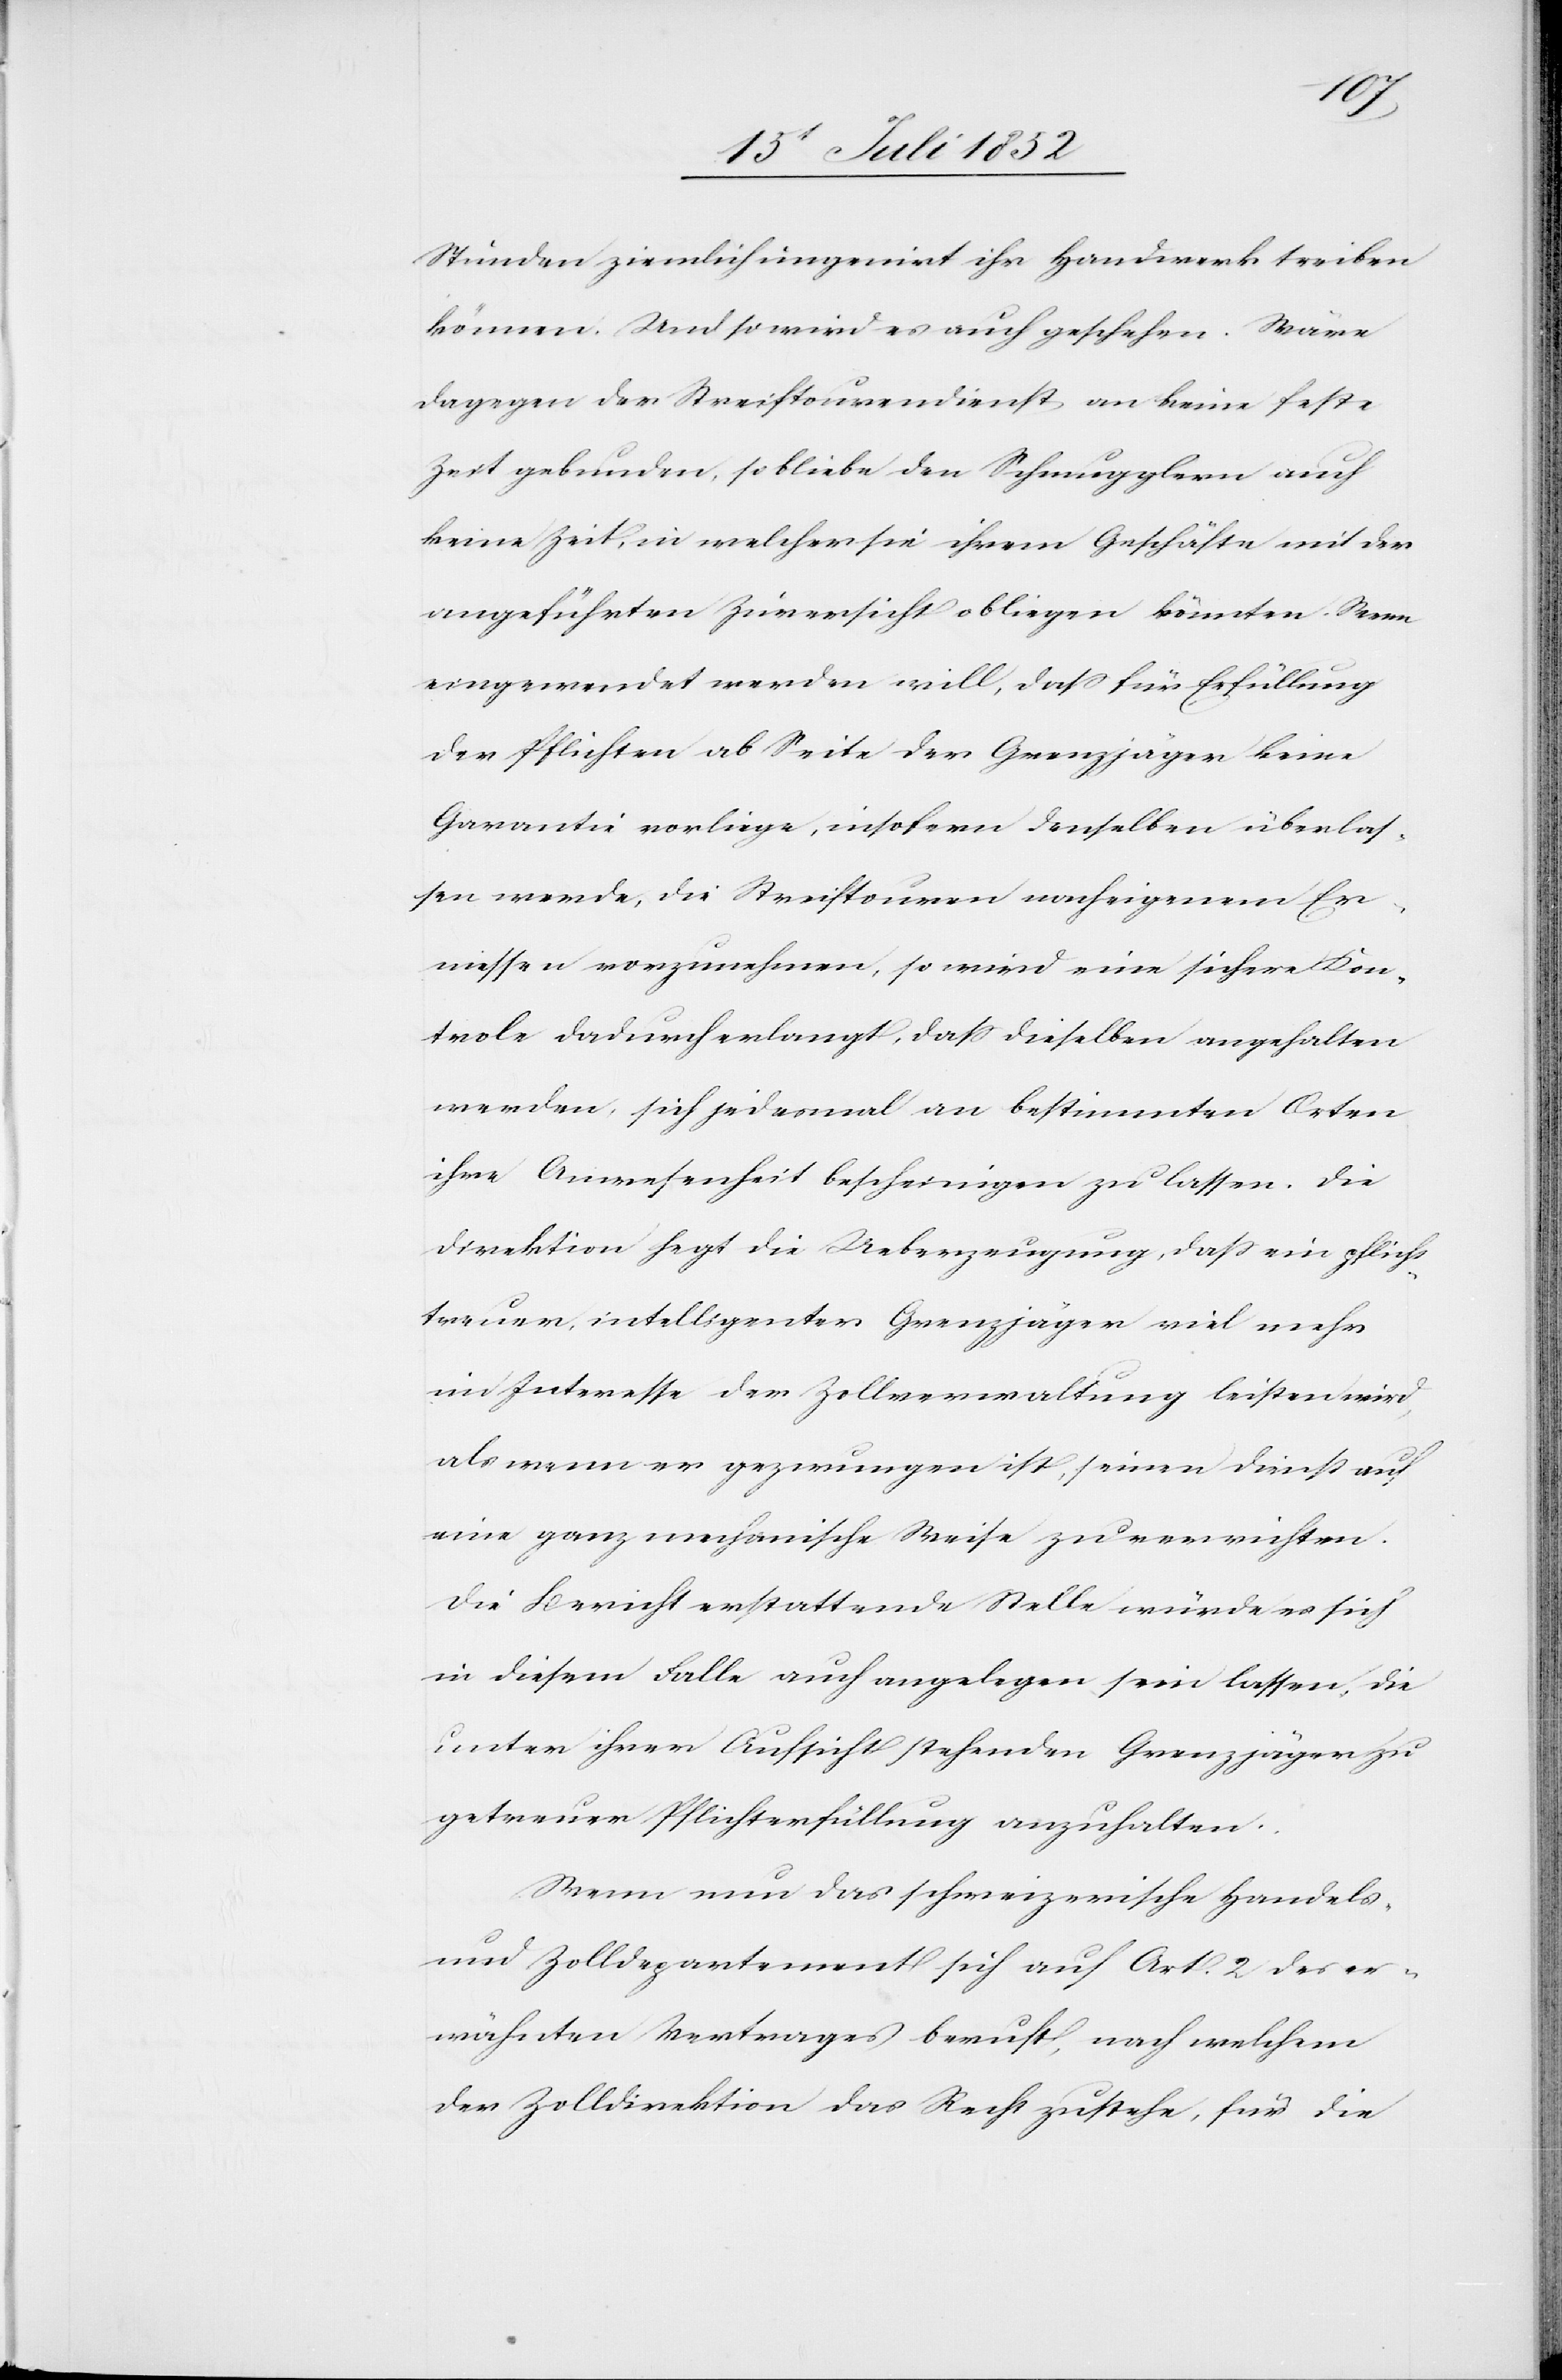
Stunden ziemlich ungenirt ihr Handwerk treiben
können. Und so wird es auch geschehen. Wäre
dagegen der Streiftourendienst an keine feste
Zeit gebunden, so bliebe den Schmugglern auch
keine Zeit, in welcher sie ihrem Geschäfte mit der
angeführten Zuversicht obliegen könnten. Wenn
eingewendet werden will, dass für Erfüllung
der Pflichten ab Seite der Grenzjäger keine
Garantie vorliege, insofern denselben überlas¬
sen werde, die Streiftouren nach eigenem Er¬
messen vorzunehmen, so wird eine sichere Kon¬
trole dadurch erlangt, dass dieselben angehalten
werden, sich jedesmal an bestimmten Orten
ihre Anwesenheit bescheinigen zu lassen. Die
Direktion hegt die Ueberzeugung, dass ein pflicht¬
treuer, intelligenter Grenzjäger viel mehr
im Interesse der Zollverwaltung leisten wird,
als wenn er gezwungen ist, seinen Dienst auf
eine ganz mechanische Weise zu verrichten.
Die Bericht erstattende Stelle würde es sich
in diesem Falle auch angelegen sein lassen, die
unter ihrer Aufsicht stehenden Grenzjäger zu
getreuer Pflichterfüllung anzuhalten.
Wenn nun das schweizerische Handels-
und Zolldepartement sich auf Art. 2 des er¬
wähnten Vertrages beruft, nach welchem
der Zolldirektion das Recht zustehe, für die